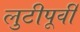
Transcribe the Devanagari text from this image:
लुटीपूर्वी